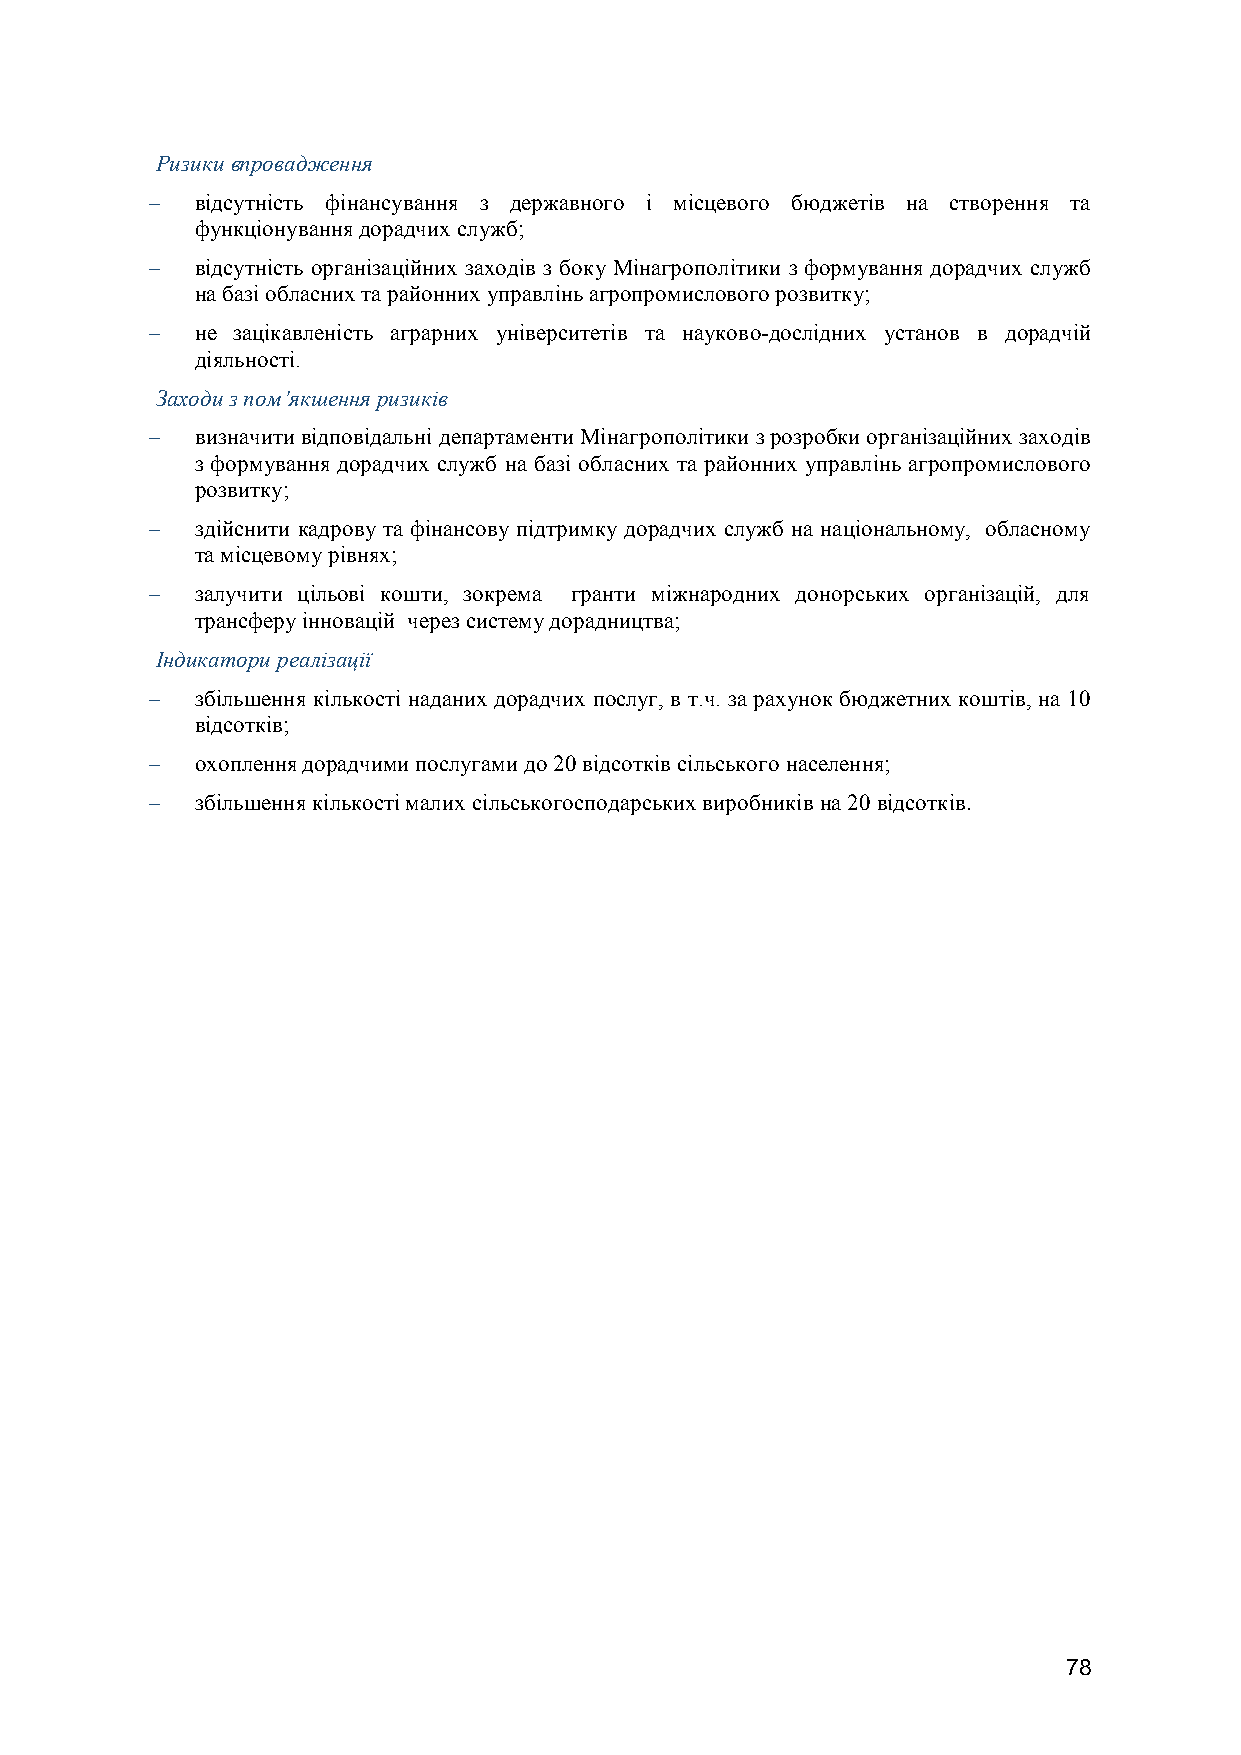
Ризики впровадження
   відсутність фінансування з державного і місцевого бюджетів на створення та
 функціонування дорадчих служб;
   відсутність організаційних заходів з боку Мінагрополітики з формування дорадчих служб
 на базі обласних та районних управлінь агропромислового розвитку;
   не зацікавленість аграрних університетів та науково-дослідних установ в дорадчій
 діяльності.
 Заходи з пом’якшення ризиків
   визначити відповідальні департаменти Мінагрополітики з розробки організаційних заходів
 з формування дорадчих служб на базі обласних та районних управлінь агропромислового
 розвитку;
   здійснити кадрову та фінансову підтримку дорадчих служб на національному, обласному
 та місцевому рівнях;
   залучити цільові кошти, зокрема гранти міжнародних донорських організацій, для
 трансферу інновацій через систему дорадництва;
 Індикатори реалізації
   збільшення кількості наданих дорадчих послуг, в т.ч. за рахунок бюджетних коштів, на 10
 відсотків;
   охоплення дорадчими послугами до 20 відсотків сільського населення;
   збільшення кількості малих сільськогосподарських виробників на 20 відсотків.
 78